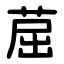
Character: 䓛